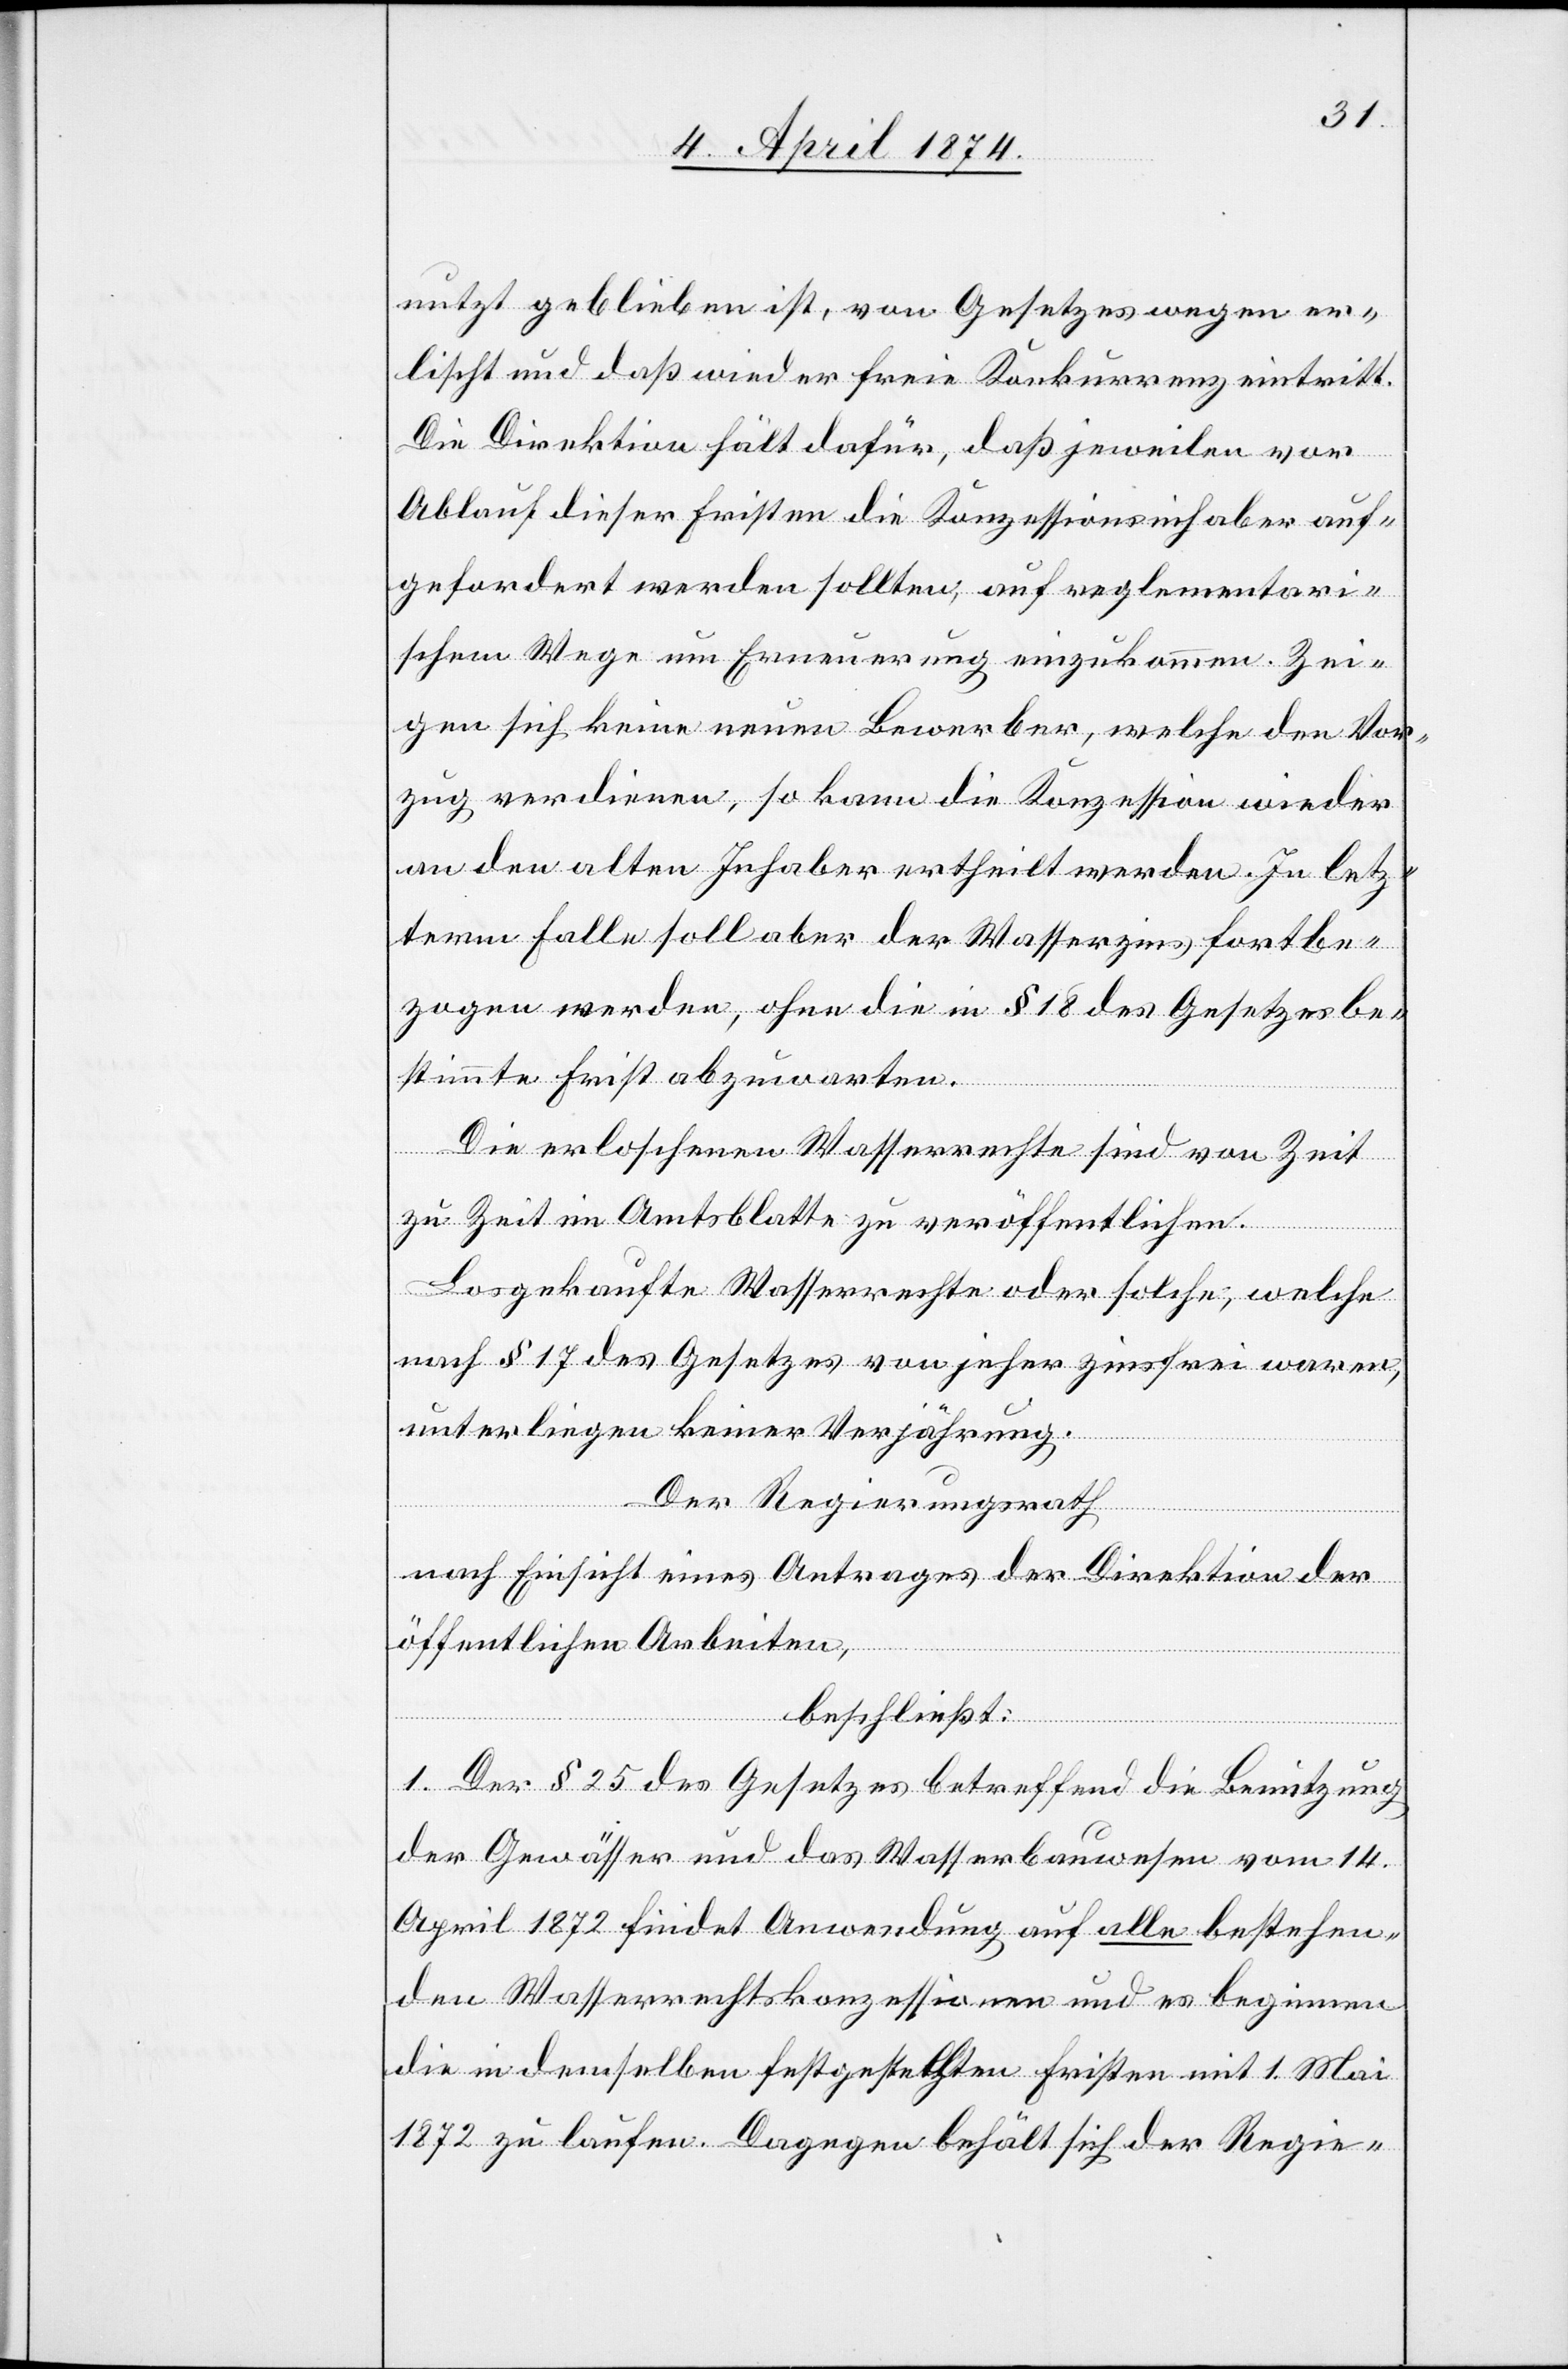
nutzt geblieben ist, von Gesetzes wegen er¬
lischt und daß wieder freie Konkurrenz eintritt.
Die Direktion hält dafür, daß jeweilen vor
Ablauf dieser Fristen die Konzessionsinhaber auf¬
gefordert werden sollten, auf reglementari¬
schem Wege um Erneuerung einzukommen. Zei¬
gen sich keine neuen Bewerber, welche den Vor¬
zug verdienen, so kann die Konzession wieder
an den alten Inhaber ertheilt werden. In letz¬
term Falle soll aber der Wasserzins fortbe¬
zogen werden, ohne die in § 18 des Gesetzes be¬
stimmte Frist abzuwarten.
Die erloschenen Wasserrechte sind von Zeit
zu Zeit im Amtsblatte zu veröffentlichen.
Losgekaufte Wasserrechte oder solche, welche
nach § 17 des Gesetzes von jeher zinsfrei waren,
unterliegen keiner Verjährung.
Der Regierungsrath
nach Einsicht eines Antrages der Direktion der
öffentlichen Arbeiten,
beschließt:
1. Der § 25 des Gesetzes betreffend die Benutzung
der Gewässer und das Wasserbauwesen vom 14.
April 1872 findet Anwendung auf alle bestehen¬
den Wasserrechtskonzessionen und es beginnen
die in demselben festgestellten Fristen mit 1. Mai
1872 zu laufen. Dagegen behält sich der Regie-